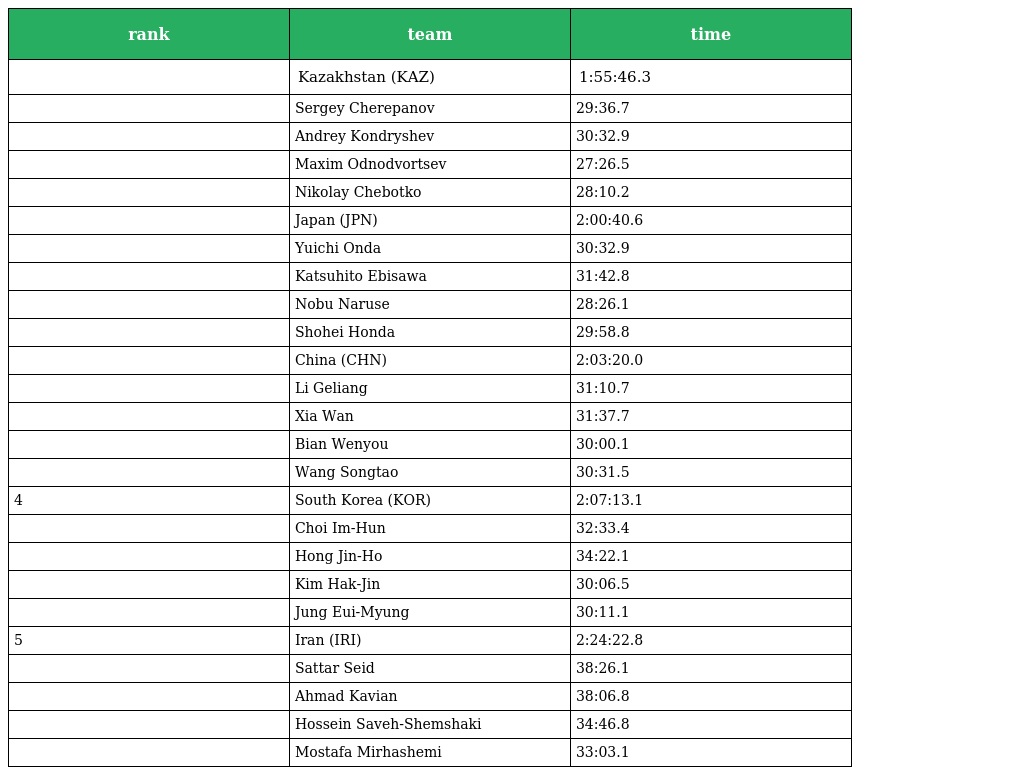
| rank | team | time |
 | --- | --- | --- |
 |  | Kazakhstan (KAZ) | 1:55:46.3 |
 |  | Sergey Cherepanov | 29:36.7 |
 |  | Andrey Kondryshev | 30:32.9 |
 |  | Maxim Odnodvortsev | 27:26.5 |
 |  | Nikolay Chebotko | 28:10.2 |
 |  | Japan (JPN) | 2:00:40.6 |
 |  | Yuichi Onda | 30:32.9 |
 |  | Katsuhito Ebisawa | 31:42.8 |
 |  | Nobu Naruse | 28:26.1 |
 |  | Shohei Honda | 29:58.8 |
 |  | China (CHN) | 2:03:20.0 |
 |  | Li Geliang | 31:10.7 |
 |  | Xia Wan | 31:37.7 |
 |  | Bian Wenyou | 30:00.1 |
 |  | Wang Songtao | 30:31.5 |
 | 4 | South Korea (KOR) | 2:07:13.1 |
 |  | Choi Im-Hun | 32:33.4 |
 |  | Hong Jin-Ho | 34:22.1 |
 |  | Kim Hak-Jin | 30:06.5 |
 |  | Jung Eui-Myung | 30:11.1 |
 | 5 | Iran (IRI) | 2:24:22.8 |
 |  | Sattar Seid | 38:26.1 |
 |  | Ahmad Kavian | 38:06.8 |
 |  | Hossein Saveh-Shemshaki | 34:46.8 |
 |  | Mostafa Mirhashemi | 33:03.1 |